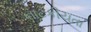
નાટકીયતા